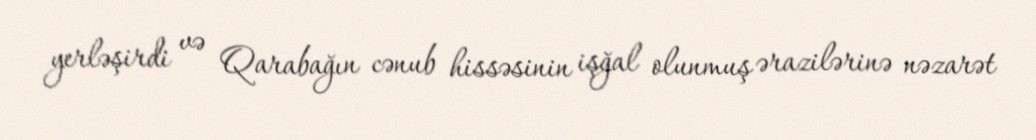
yerləşirdi və Qarabağın cənub hissəsinin işğal olunmuş ərazilərinə nəzarət